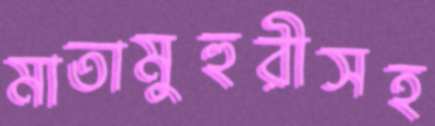
মাতামুহুরীসহ